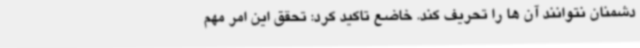
دشمنان نتوانند آن ها را تحریف کند. خاضع تاکید کرد: تحقق این امر مهم